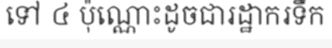
ទៅ ៤ ប៉ុណ្ណោះដូចជារដ្ឋាករទឹក